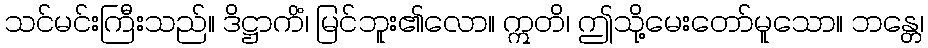
သင်မင်းကြီးသည်။ ဒိဋ္ဌာကိံ၊ မြင်ဘူး၏လော။ ဣတိ၊ ဤသို့မေးတော်မူသော။ ဘန္တေ၊